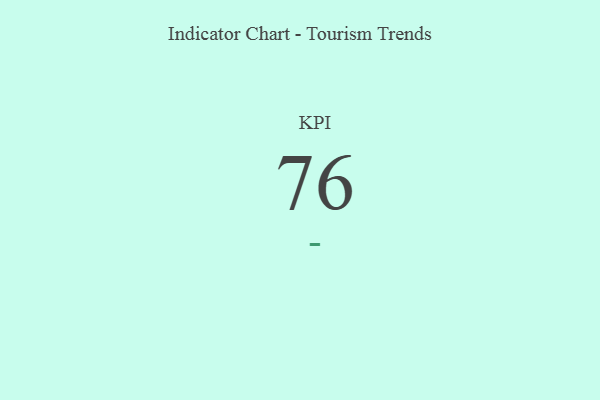
{"axis": {"x": "KPI", "y": "Value"}, "legend": [""], "data": [{"x": "KPI", "y": 76, "type": ""}]}